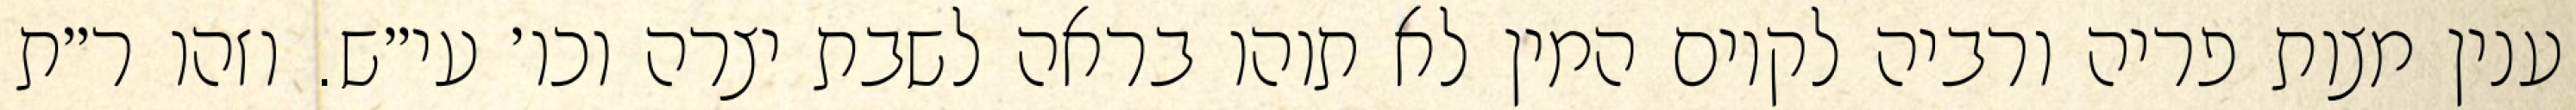
ענין מצות פריה ורביה לקיום המין לא תוהו בראה לשבת יצרה וכו׳ עי״ש. וזהו ר״ת